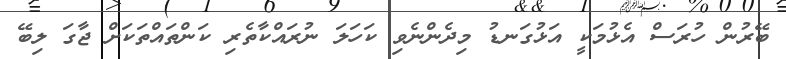
ބޭރުން ހުރަސް އެޅުމަކީ އަޅުގަނޑު މިދެންނެވި ކަހަލަ ނުރައްކާތެރި ކަންތައްތަކަށް ޖާގަ ލިބޭ